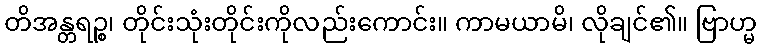
တိအန္တရဉ္စ၊ တိုင်းသုံးတိုင်းကိုလည်းကောင်း။ ကာမယာမိ၊ လိုချင်၏။ ဗြာဟ္မ